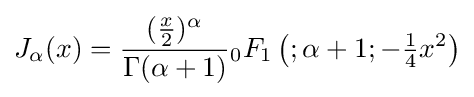
J_{\alpha }(x)={\frac {({\tfrac {x}{2}})^{\alpha }}{\Gamma (\alpha +1)}}{}_{0}F_{1}\left(;\alpha +1;-{\tfrac {1}{4}}x^{2}\right)